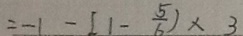
= - 1 - [ 1 - \frac { 5 } { 6 } ) \times 3